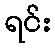
ရင်း